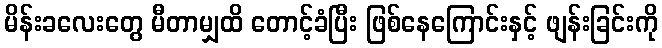
မိန်းခလေးတွေ မီတာမျှထိ တောင့်ခံပြီး ဖြစ်နေကြောင်းနှင့် ဖျန်းခြင်းကို